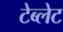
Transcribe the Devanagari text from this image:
टेब्लेट